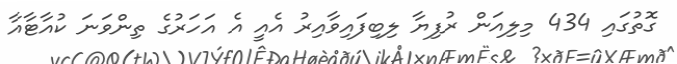
ގޮތުގައި 434 މިލިއަން ރުފިޔާ ލިބިފައިވާއިރު އެއީ އެ އަހަރުގެ ތިންވަނަ ކުއާޓާއާ